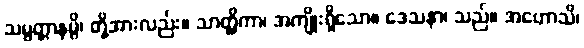
သမ္ပတ္တာနမ္ပိ၊ တို့အားလည်း။ သာတ္ထိကာ၊ အကျိုးရှိသော။ ဒေသနာ၊ သည်။ အဟောသိ၊